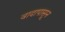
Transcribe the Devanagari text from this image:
वादापासून